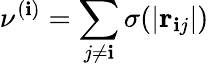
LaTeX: \nu^{(\mathbf{i})}=\sum_{j\neq\mathbf{i}}\sigma(|\textbf{{r}}_{\mathbf{i}j}|)